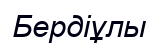
Бердіұлы